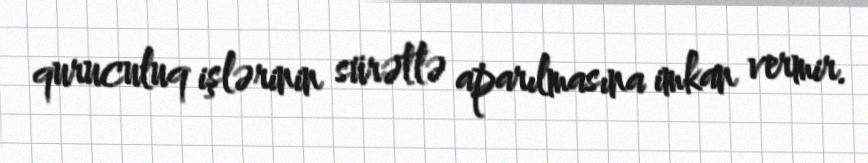
quruculuq işlərinin sürətlə aparılmasına imkan vermir.